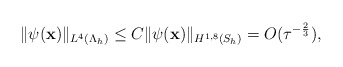
\begin{align*} \|\psi(\mathbf x)\|_{L^{4}(\Lambda_{h})} \leq C \| \psi(\mathbf x)\|_{H^{1,8}(S_h)}=O(\tau^{-\frac{2}{3}}), \end{align*}